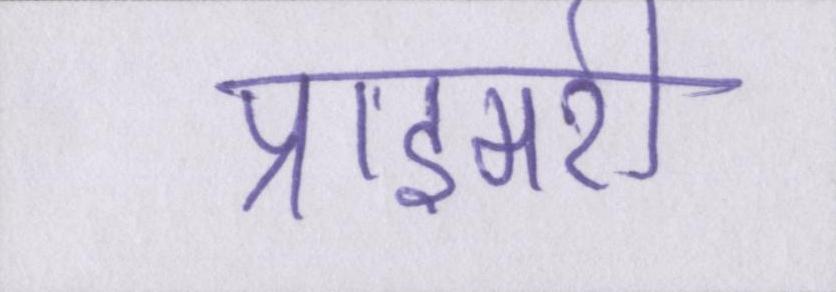
प्राइमरी